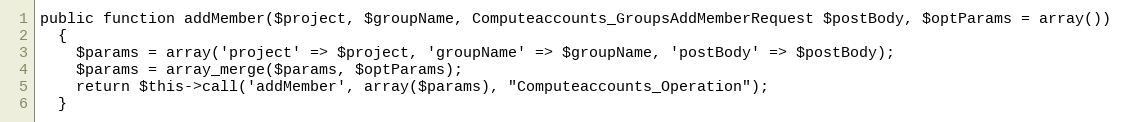
Language: PHP
public function addMember($project, $groupName, Computeaccounts_GroupsAddMemberRequest $postBody, $optParams = array())
  {
    $params = array('project' => $project, 'groupName' => $groupName, 'postBody' => $postBody);
    $params = array_merge($params, $optParams);
    return $this->call('addMember', array($params), "Computeaccounts_Operation");
  }